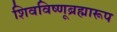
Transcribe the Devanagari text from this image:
शिवविष्णूब्रह्मारूप